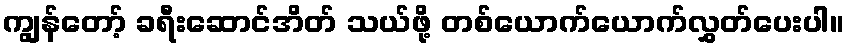
ကျွန်တော့် ခရီးဆောင်အိတ် သယ်ဖို့ တစ်ယောက်ယောက်လွှတ်ပေးပါ။